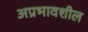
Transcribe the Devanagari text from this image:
अप्रभावशील